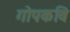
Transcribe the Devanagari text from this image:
गोपकवि